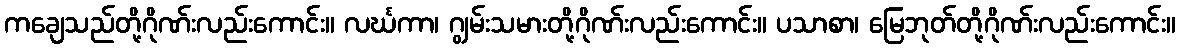
ကချေသည်တို့ဂိုဏ်းလည်းကောင်း။ လင်္ဃကာ၊ ဂျွမ်းသမားတို့ဂိုဏ်းလည်းကောင်း။ ပသာစာ၊ မြေဘုတ်တို့ဂိုဏ်းလည်းကောင်း။